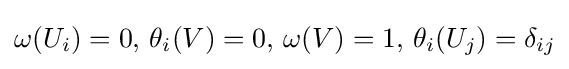
\omega (U_{i})=0,\,\theta _{i}(V)=0,\,\omega (V)=1,\,\theta _{i}(U_{j})=\delta _{ij}